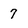
Character: 7